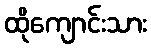
ထိုကျောင်းသား